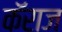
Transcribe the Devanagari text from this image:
कॅराज